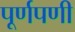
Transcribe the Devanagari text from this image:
पूर्णपणी